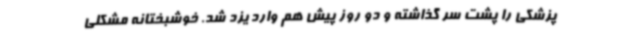
‌پزشکی را پشت سر گذاشته و ‌دو روز پیش هم وارد یزد شد. خوشبختانه مشکلی